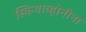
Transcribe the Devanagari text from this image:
स्कियाव्होनीना